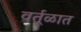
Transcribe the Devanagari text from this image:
वर्तूळात